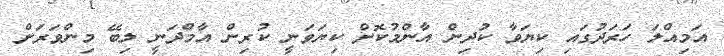
އަމިއްލަ ހަރަދުގައި ކިޔަވާ ކުދިން އާންމުކޮށް ކިޔަވަނީ ކުރިން އާމްދަނީ ލިބޭ މިންވަރަށް